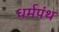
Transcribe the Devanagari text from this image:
धर्मपंथ